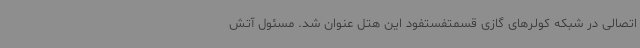
اتصالی در شبکه کولرهای گازی قسمتفستفود این هتل عنوان شد. مسئول آتش